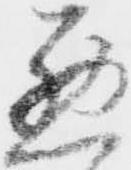
悪